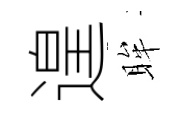
遑眸